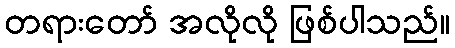
တရားတော် အလိုလို ဖြစ်ပါသည်။